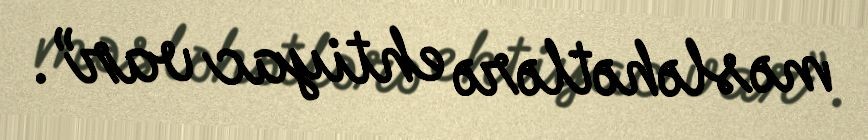
məsləhətlərə ehtiyac var”.